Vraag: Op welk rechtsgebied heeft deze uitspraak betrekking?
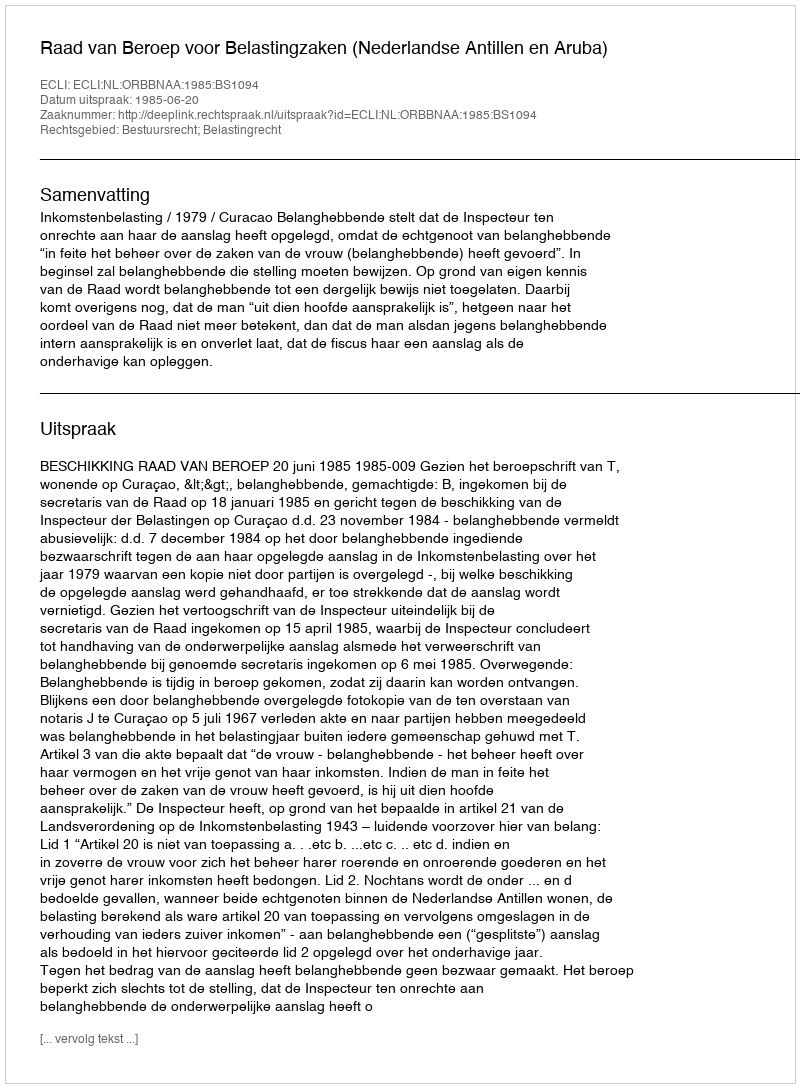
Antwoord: Bestuursrecht; Belastingrecht